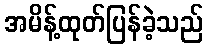
အမိန့်ထုတ်ပြန်ခဲ့သည်